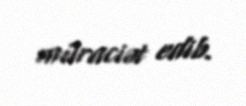
müraciət edib.